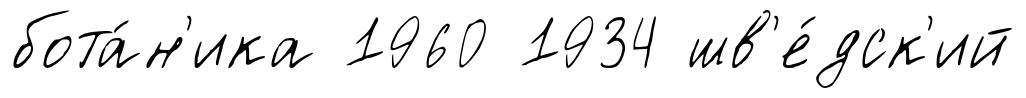
бота́н'ика 1960 1934 шв'е́дск'ий